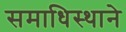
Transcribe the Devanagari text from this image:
समाधिस्थाने